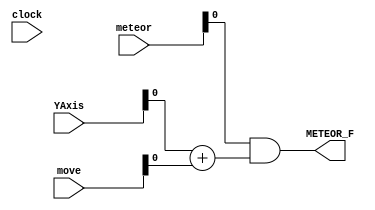
`timescale 1ns / 1ps
//////////////////////////////////////////////////////////////////////////////////
// Company: 
// Engineer: 
// 
// Design Name: 
// Module Name:    Meteor 
// Project Name: 
// Target Devices: 
// Tool versions: 
// Description: 
//
// Dependencies: 
//
// Revision: 
// Revision 0.01 - File Created
// Additional Comments: 
//
//////////////////////////////////////////////////////////////////////////////////
module Meteor(clock, YAxis, meteor, move, METEOR_F);

input clock;
input [15:0]YAxis;
input [15:0]meteor;
input [15:0]move;
//input [15:0]nmeteor;
//input push_B;

//output [15:0]nextmeteor;
//output meteorR;
//output meteorG;
//output meteorG;
//output travel;

output METEOR_F;


assign METEOR_F = meteor & (YAxis + move);

//assign center_X = (XAxis == 320);
//assign center_Y = (YAxis == 240);
//assign H_field = (632 >= center_X >= 7);
//assign V_field= (272 >= center_Y >= 208);
//assign meteorR = (((H_field - center_X) + (V_field - center_Y)) < 64);
//assign meteorG = center_X & cnter_Y;
//assign travel = H_field | V_field;
//assign nextmeteor = ((YAxis + 2) & meteor);
//assign nmeteot = nextmeteor;
//assign meteorR = 

endmodule